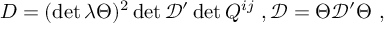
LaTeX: D = ( \operatorname * { d e t } \lambda \Theta ) ^ { 2 } \operatorname * { d e t } \mathcal { D } ^ { \prime } \operatorname * { d e t } Q ^ { i j } \ , \mathcal { D } = \Theta \mathcal { D } ^ { \prime } \Theta \ ,